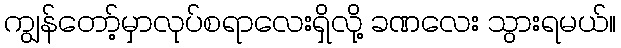
ကျွန်တော့်မှာလုပ်စရာလေးရှိလို့ ခဏလေး သွားရမယ်။